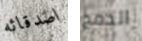
اصدقائه الدمج